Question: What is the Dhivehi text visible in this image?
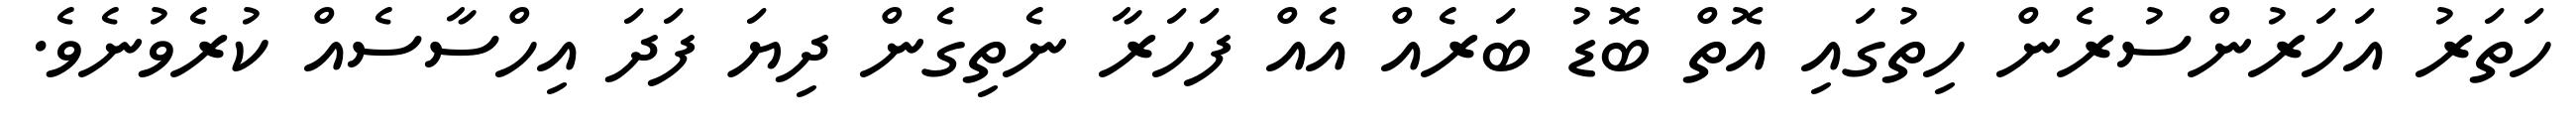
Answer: ހަތަރު އަހަރުންސުރެން ހިތުގައި އޮތް ބޮޑު ބަރެއް އެއް ފަހަރާ ނެތިގެން ދިޔަ ފަދަ އިހްސާސެއް ކުރެވުނެވެ.